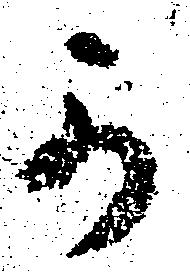
可